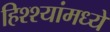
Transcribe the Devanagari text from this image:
हिश्श्यांमध्ये